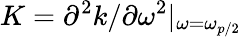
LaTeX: K=\partial^{2}k/\partial\omega^{2}|_{\omega=\omega_{p/2}}